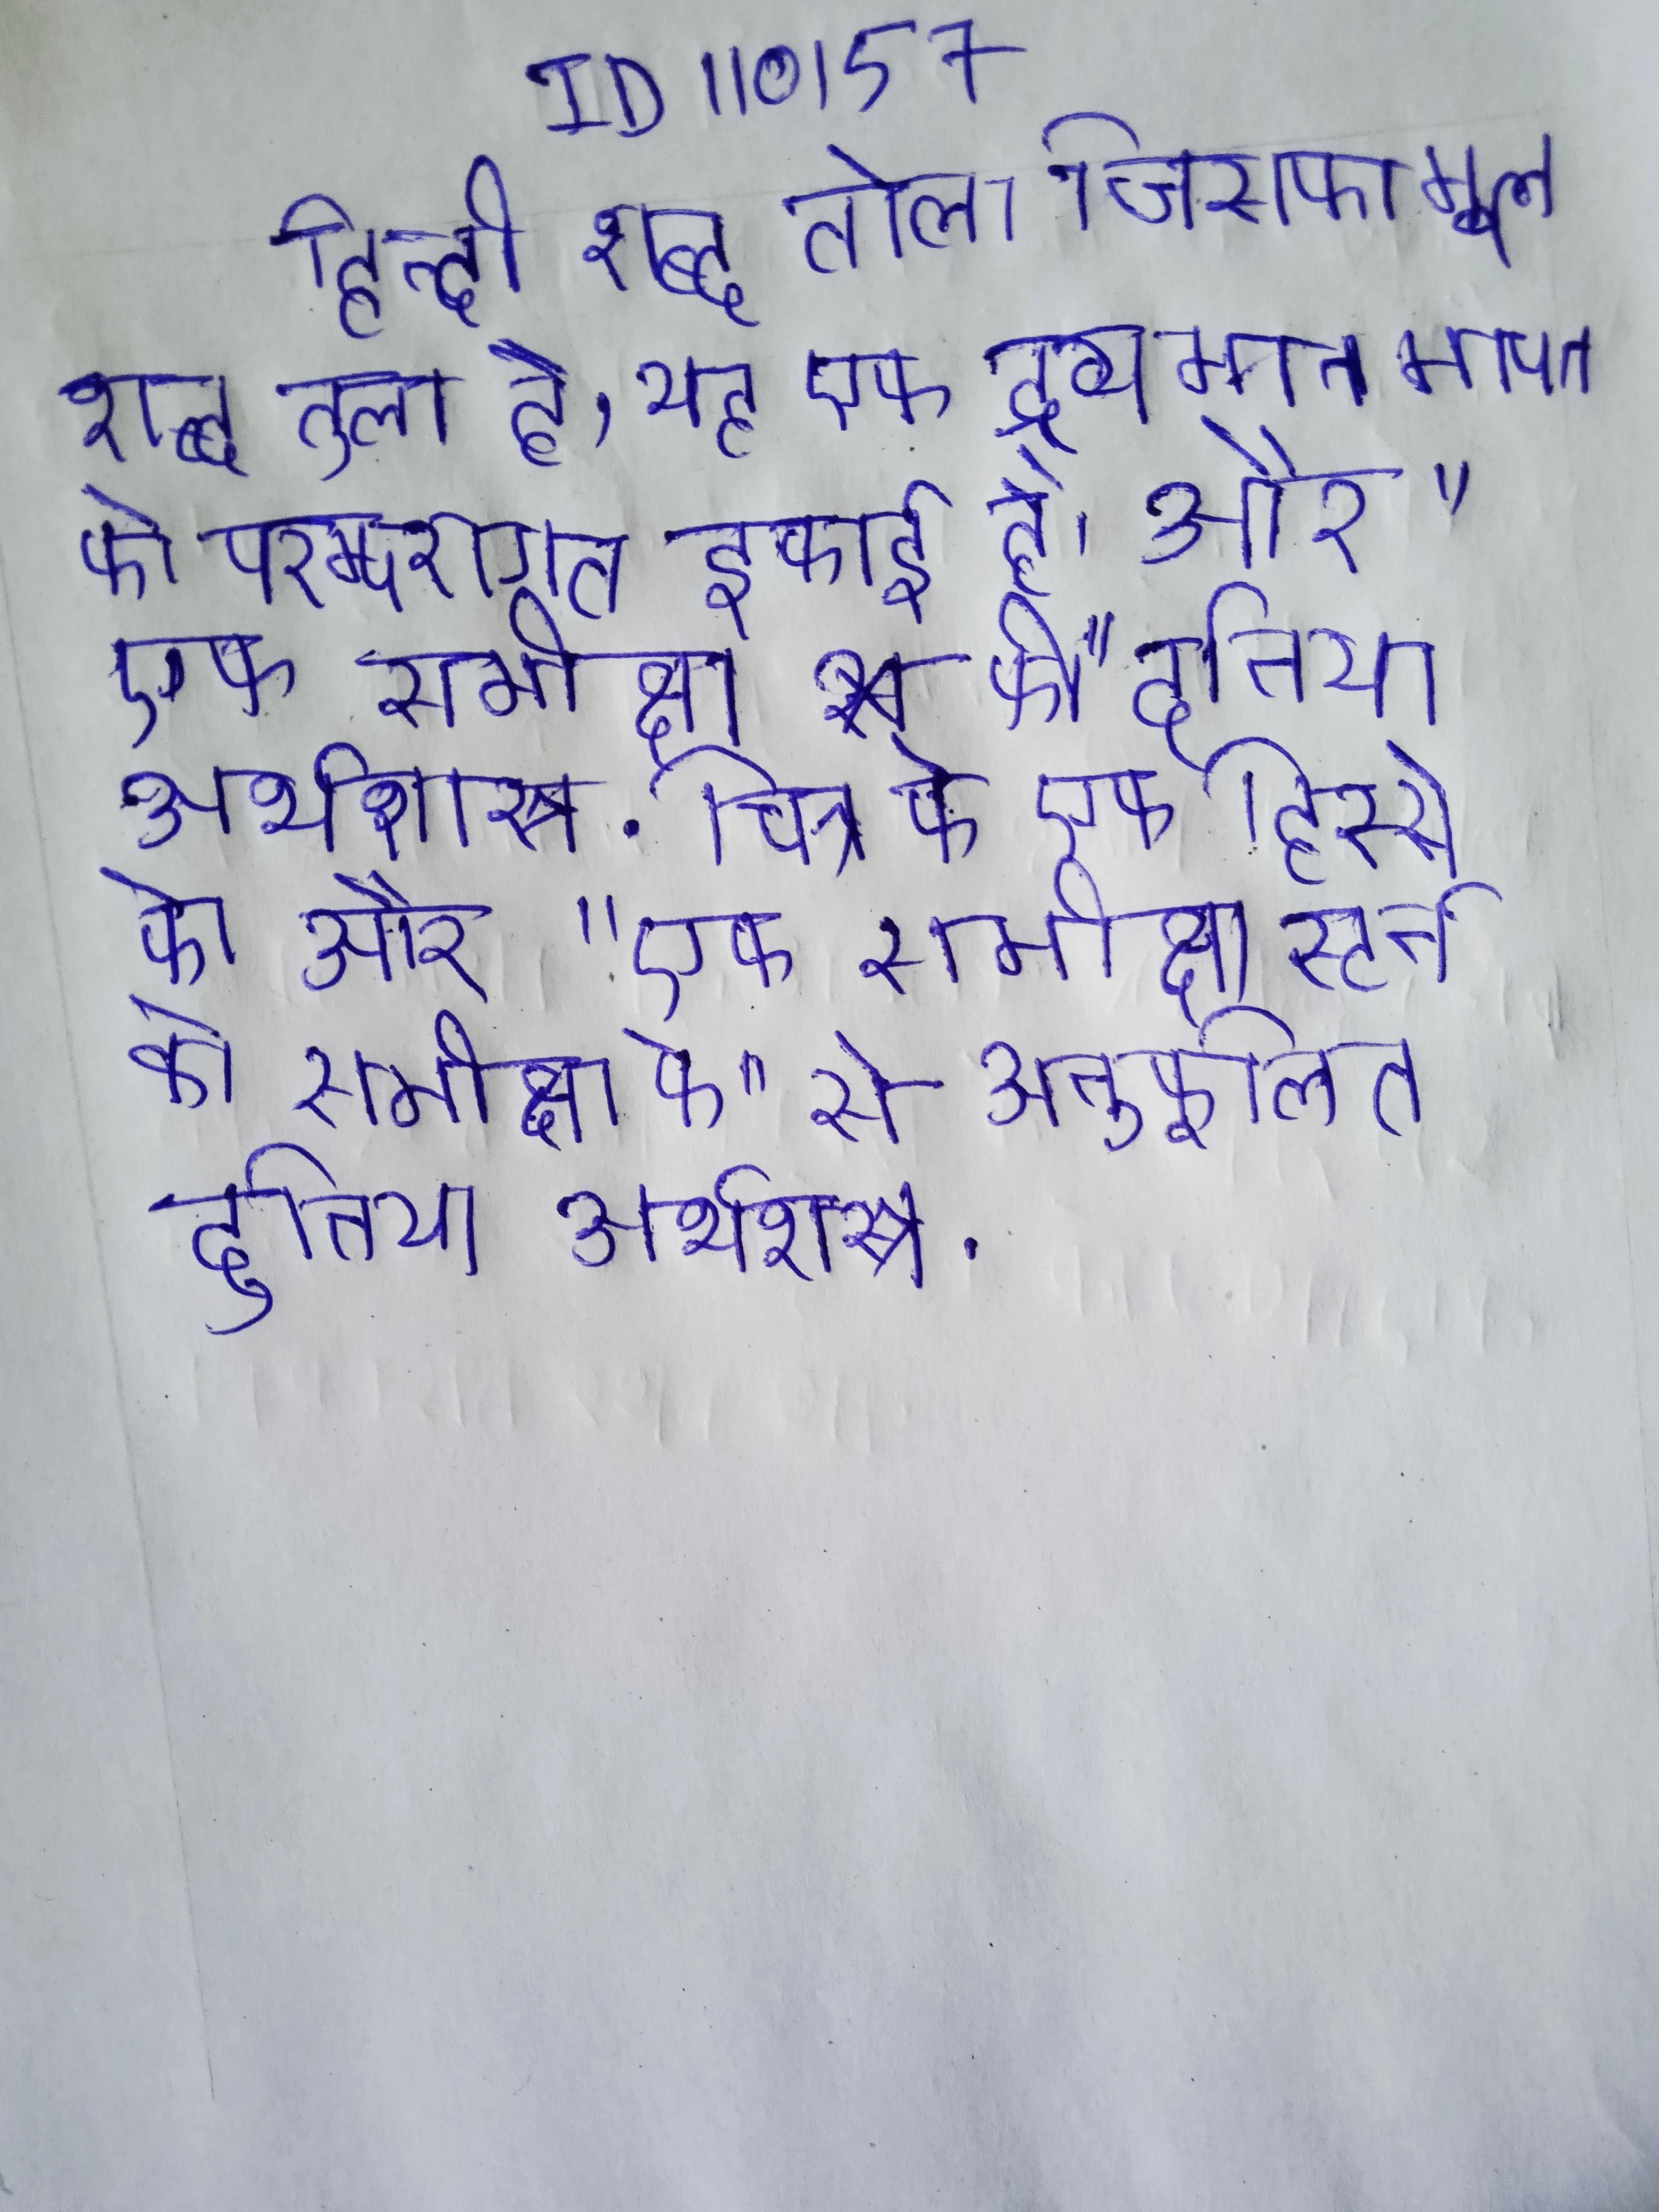
हिन्दी शब्द तोला जिसका मूल शब्द तुला है, यह एक द्रव्यमान मापन की परम्परागत इकाई है । और "एक समीक्षा स्टर्न की समीक्षा की" दुनिया अर्थशास्त्र . चित्रा के एक हिस्से को और "एक समीक्षा स्टर्न की समीक्षा के" से अनुकूलित दुनिया अर्थशास्त्र .